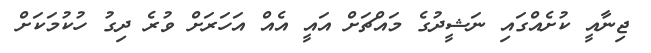
ޖިނާއީ ކުށެއްގައި ނަޝީދުގެ މައްޗަށް އައީ އެއް އަހަރަށް ވުރެ ދިގު ހުކުމަކަށް